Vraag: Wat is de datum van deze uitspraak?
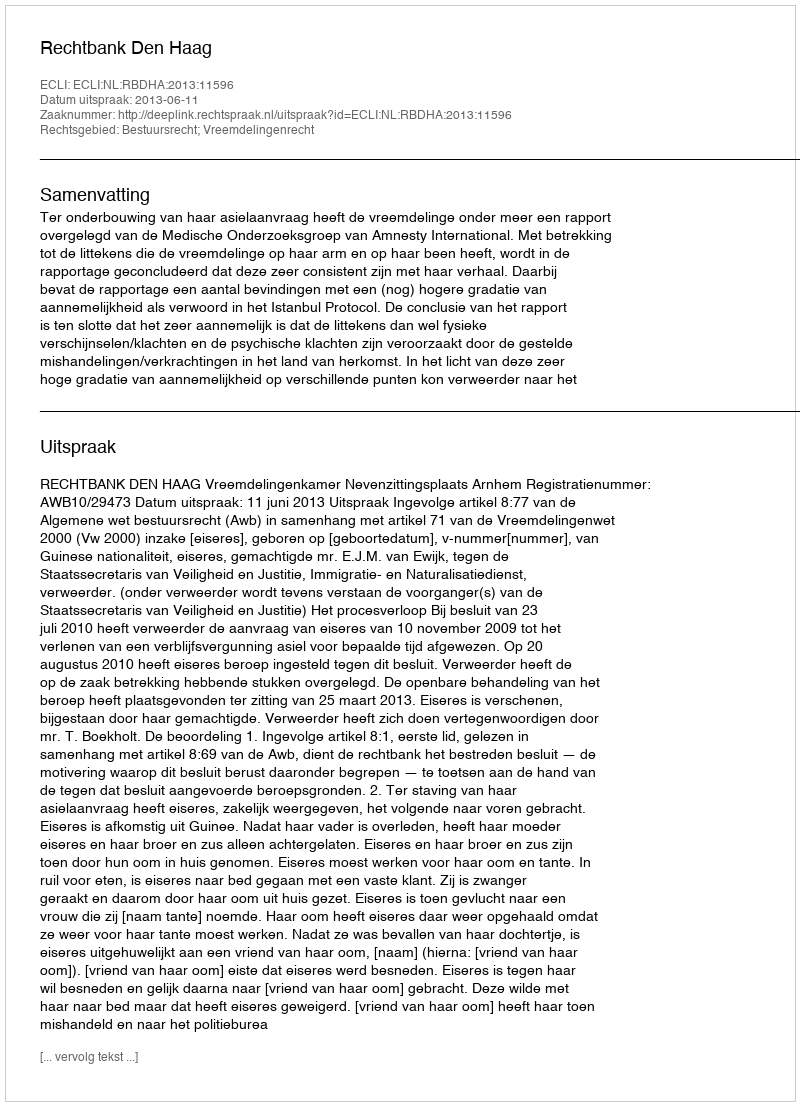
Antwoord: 2013-06-11